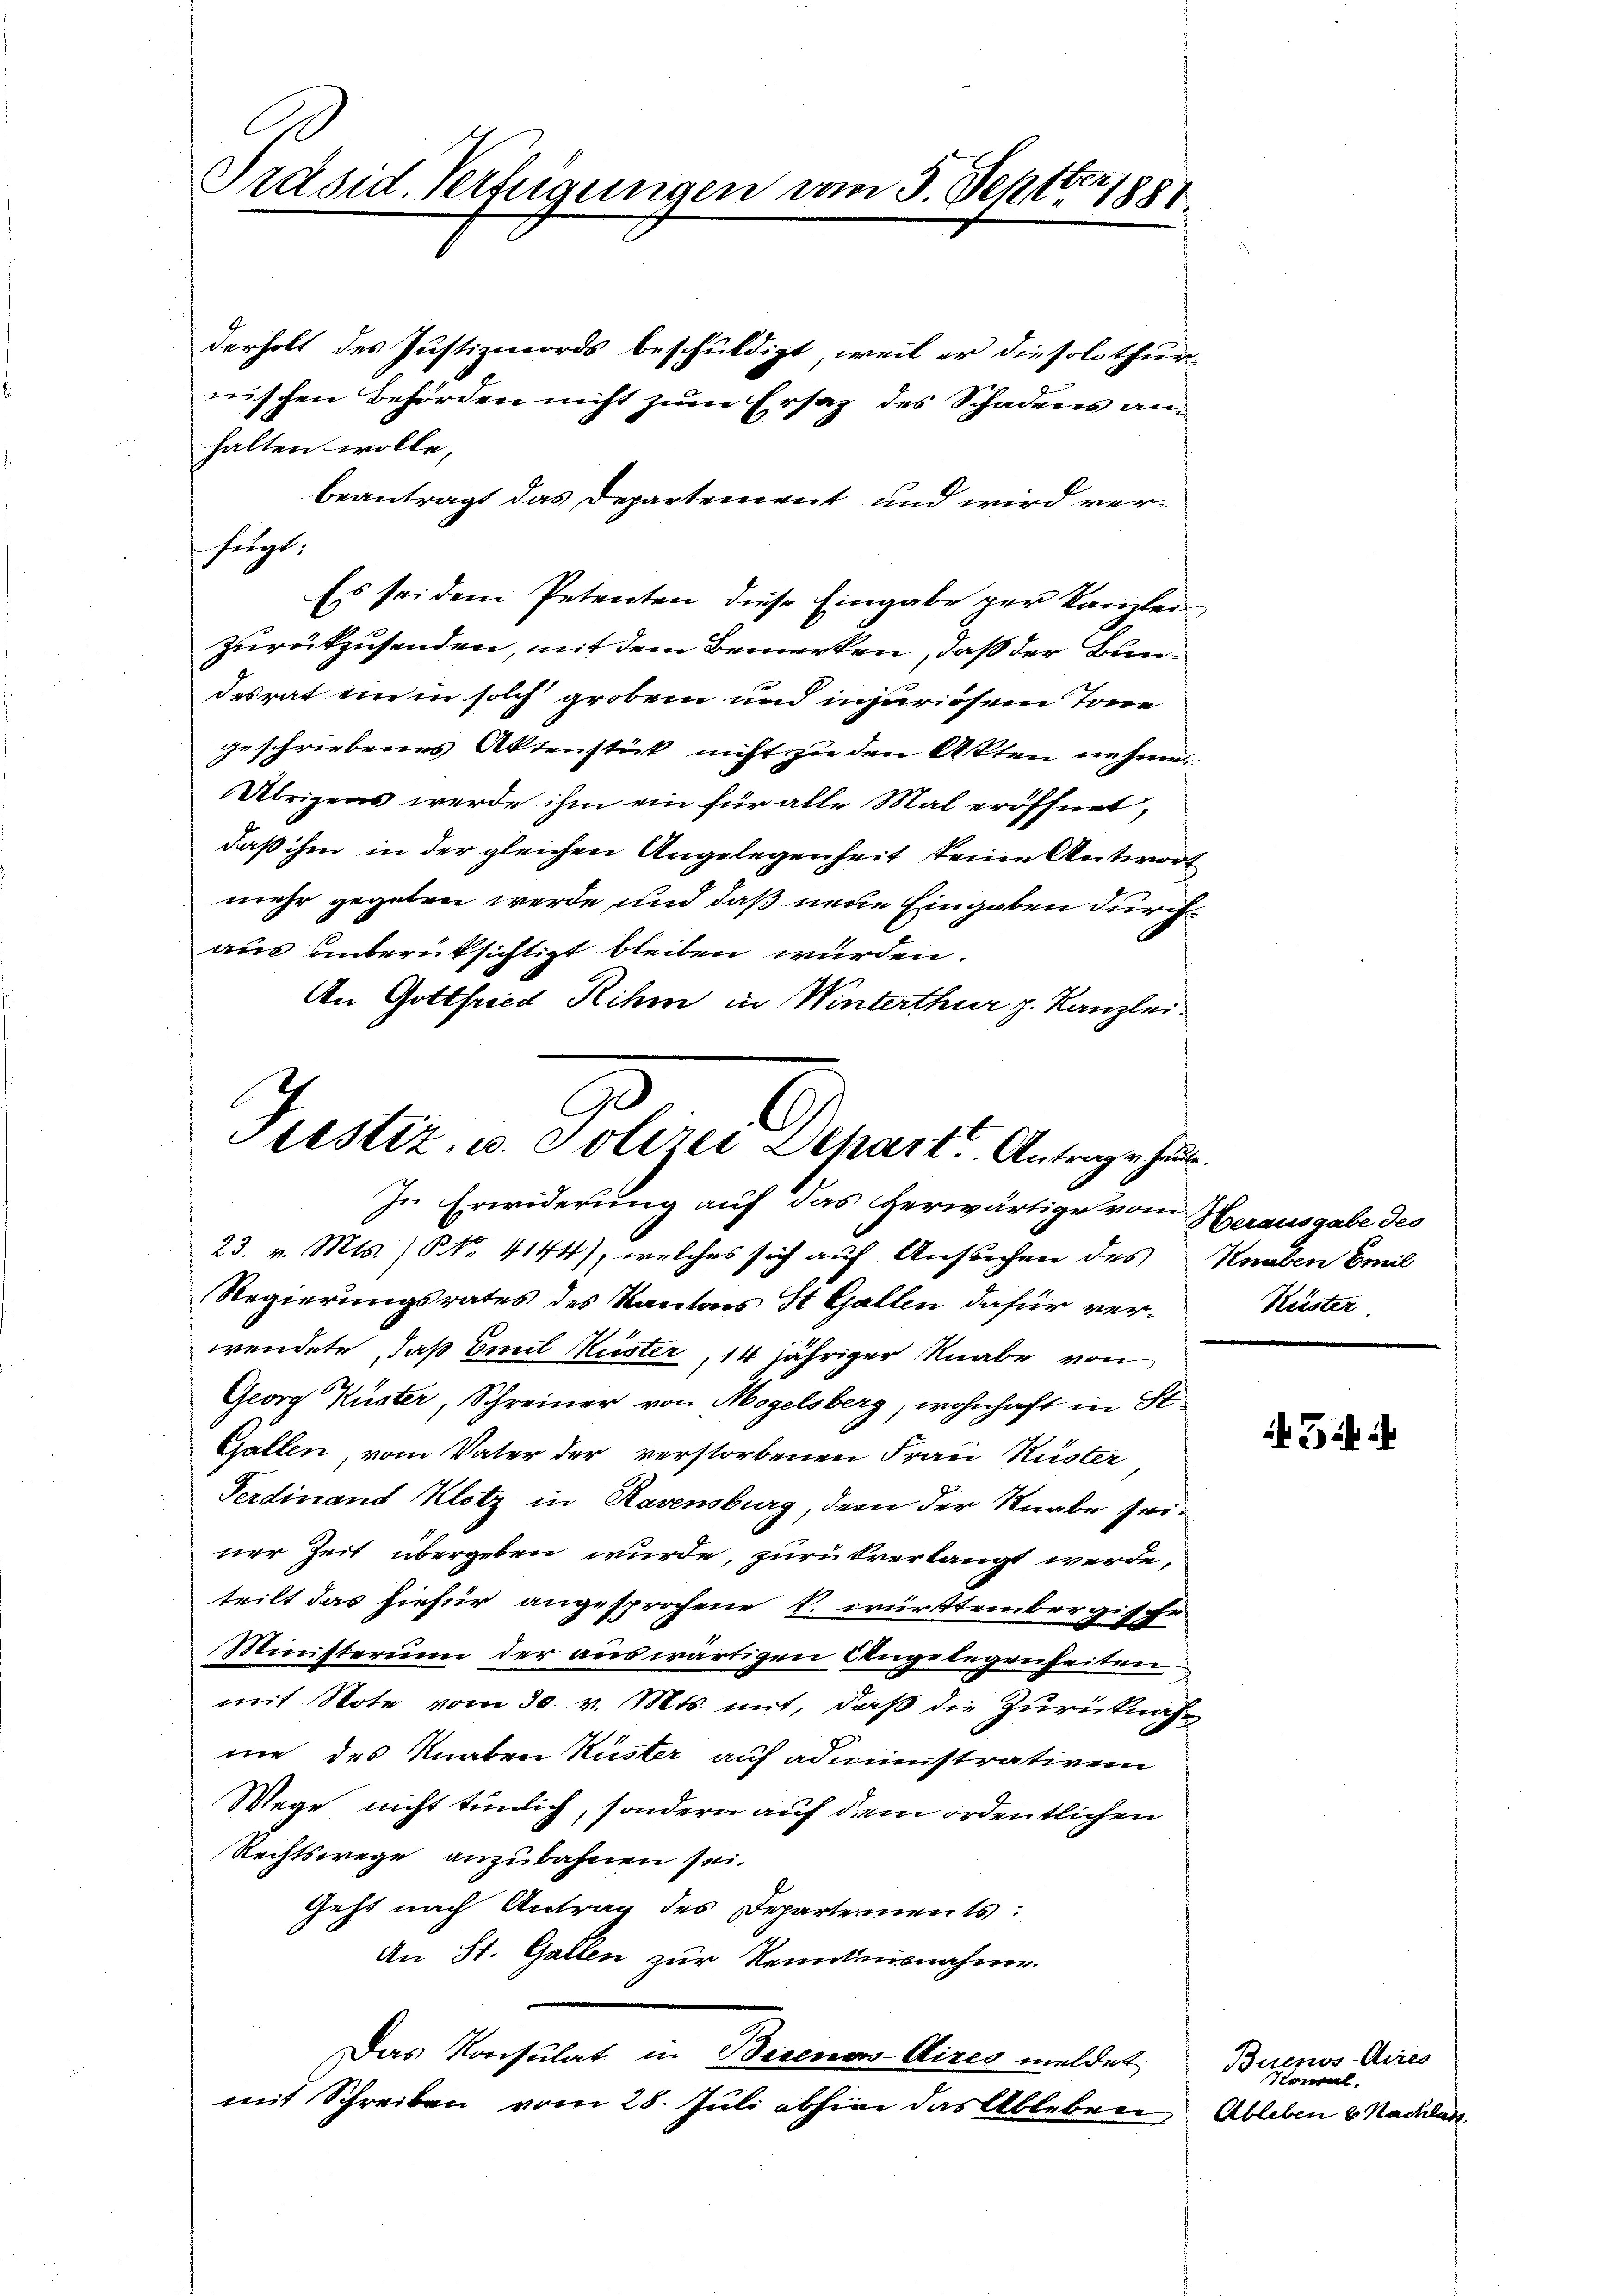
Präsid. Verfügungen vom 5. Septbr 1881.

halten wolle,
Es sei dem Petenten diese Eingabe ger Kanzlei
zurückzusenden, mit dem Bemerken, daß der Bundesrat ein in solch grobem und injuriösem Tone
geschriebenes Aktenstick nicht zu den Akten nehme
Übrigens werde ihm ein für alle Mal eröffnet,
daß ihm in der gleichen Angelegenheit keine Antwort
mehr gegeben werde, und daß neue Eingaben durchaus unberüksichtigt bleiben würden.
An Gottfrid Rihm in Winterthur p. Kanzlei-

fügt:

Ge
Justiz, u. Polizei Schart. Antrage hul
In Erwiderung auf das herwärtige vom Herausgabe des

derholt des Justizmords beschuldigt, weil er die solothur-
nischen Behörden nicht zum Ersaz des Schadens anbeantragt das Departement und wird ver¬

23. v. Mts. (N. 4144), welches sich auf Ansuchen des Knaben Emil
Regierungsrates des Kantons St. Gallen dafür verwendete, daß Emil Kuster, 14 jähriger Knabe von
Georg Küster, Schreiner von Mogelsberg, wohnhaft in St
Gallen, vom Vater der verstorbenen Frau Küster
Ferdinand Klotz in Ravensburg, dem der Knabe seiner Zeit übergeben wurde, zurückverlangt werde,
teilt das hiefür angesprochene k. württembergische
Ministerium der auswärtigen Angelegenheiten
mit Note vom 30. v. Mts. mit, daß die Zurücknahne des Knaben Küster auf administrativem
Wege nicht tünlich, sondern auf dem ordentlichen
Rechtswege anzubahnen sei.
Geht nach Antrag des Departements:
An St. Gallen zur Renntnisnahme.
Das Konsulat in Beienos-Aires meldet
mit Schreiben vom 28. Juli abhin das Ablebrer Ableben & Nachden

Keister.

5f i

Buenos-Ayres
Konsul